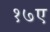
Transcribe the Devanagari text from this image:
१७ए